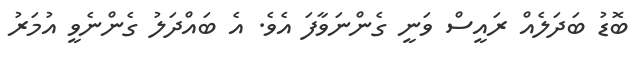
ބޮޑު ބަދަލެއް ރައީސް ވަނީ ގެންނަވާފަ އެވެ. އެ ބައްދަލު ގެންނެވީ އުމަރު